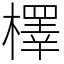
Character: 檡